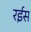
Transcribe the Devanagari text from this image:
रर्इस